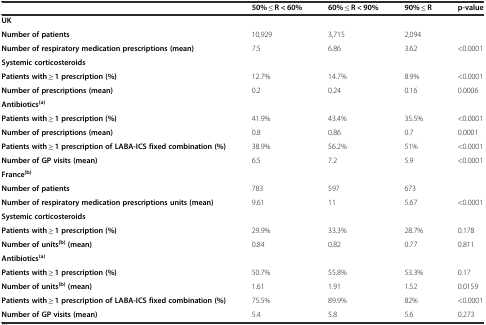
<table><thead><tr><td></td><td><b>50% ≤ R &lt; 60%</b></td><td><b>60% ≤ R &lt; 90%</b></td><td><b>90% ≤ R</b></td><td><b>p-value</b></td></tr></thead><tbody><tr><td colspan="5"><b>UK</b></td></tr><tr><td><b>Number of patients</b></td><td>10,929</td><td>3,715</td><td>2,094</td><td></td></tr><tr><td><b>Number of respiratory medication prescriptions (mean)</b></td><td>7.5</td><td>6.86</td><td>3.62</td><td>&lt;0.0001</td></tr><tr><td><b>Systemic corticosteroids</b></td><td></td><td></td><td></td><td></td></tr><tr><td><b>Patients with ≥ 1 prescription (%)</b></td><td>12.7%</td><td>14.7%</td><td>8.9%</td><td>&lt;0.0001</td></tr><tr><td><b>Number of prescriptions (mean)</b></td><td>0.2</td><td>0.24</td><td>0.16</td><td>0.0006</td></tr><tr><td><b>Antibiotics</b><sup><b>(a)</b></sup></td><td></td><td></td><td></td><td></td></tr><tr><td><b>Patients with ≥ 1 prescription (%)</b></td><td>41.9%</td><td>43.4%</td><td>35.5%</td><td>&lt;0.0001</td></tr><tr><td><b>Number of prescriptions (mean)</b></td><td>0.8</td><td>0.86</td><td>0.7</td><td>0.0001</td></tr><tr><td><b>Patients with ≥ 1 prescription of LABA-ICS fixed combination (%)</b></td><td>38.9%</td><td>56.2%</td><td>51%</td><td>&lt;0.0001</td></tr><tr><td><b>Number of GP visits (mean)</b></td><td>6.5</td><td>7.2</td><td>5.9</td><td>&lt;0.0001</td></tr><tr><td colspan="5"><b>France</b><sup><b>(b)</b></sup></td></tr><tr><td><b>Number of patients</b></td><td>783</td><td>597</td><td>673</td><td></td></tr><tr><td><b>Number of respiratory medication prescriptions units (mean)</b></td><td>9.61</td><td>11</td><td>5.67</td><td>&lt;0.0001</td></tr><tr><td><b>Systemic corticosteroids</b></td><td></td><td></td><td></td><td></td></tr><tr><td><b>Patients with ≥ 1 prescription (%)</b></td><td>29.9%</td><td>33.3%</td><td>28.7%</td><td>0.178</td></tr><tr><td><b>Number of units</b><sup><b>(b)</b></sup><b>(mean)</b></td><td>0.84</td><td>0.82</td><td>0.77</td><td>0.811</td></tr><tr><td><b>Antibiotics</b><sup><b>(a)</b></sup></td><td></td><td></td><td></td><td></td></tr><tr><td><b>Patients with ≥ 1 prescription (%)</b></td><td>50.7%</td><td>55.8%</td><td>53.3%</td><td>0.17</td></tr><tr><td><b>Number of units</b><sup><b>(b)</b></sup><b>(mean)</b></td><td>1.61</td><td>1.91</td><td>1.52</td><td>0.0159</td></tr><tr><td><b>Patients with ≥ 1 prescription of LABA-ICS fixed combination (%)</b></td><td>75.5%</td><td>89.9%</td><td>82%</td><td>&lt;0.0001</td></tr><tr><td><b>Number of GP visits (mean)</b></td><td>5.4</td><td>5.8</td><td>5.6</td><td>0.273</td></tr></tbody></table>